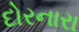
દોરનારા